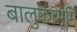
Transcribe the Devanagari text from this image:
बालुकाभूमि